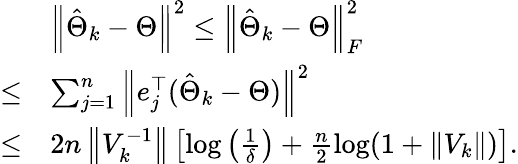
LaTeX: \begin{array}{rl}&{\left\| \hat{\Theta}_{k}-\Theta\right\| ^{2}\leq\left\| \hat{\Theta}_{k}-\Theta\right\| _{F}^{2}}\\ {\leq}&{\sum_{j=1}^{n}\left\| e_{j}^{\top}(\hat{\Theta}_{k}-\Theta)\right\| ^{2}}\\ {\leq}&{2n\left\| V_{k}^{-1}\right\| \left[\log\left(\frac{1}{\delta}\right)+\frac{n}{2}\log(1+\| V_{k}\| )\right].}\end{array}